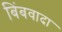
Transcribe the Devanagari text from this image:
बिंबवादा